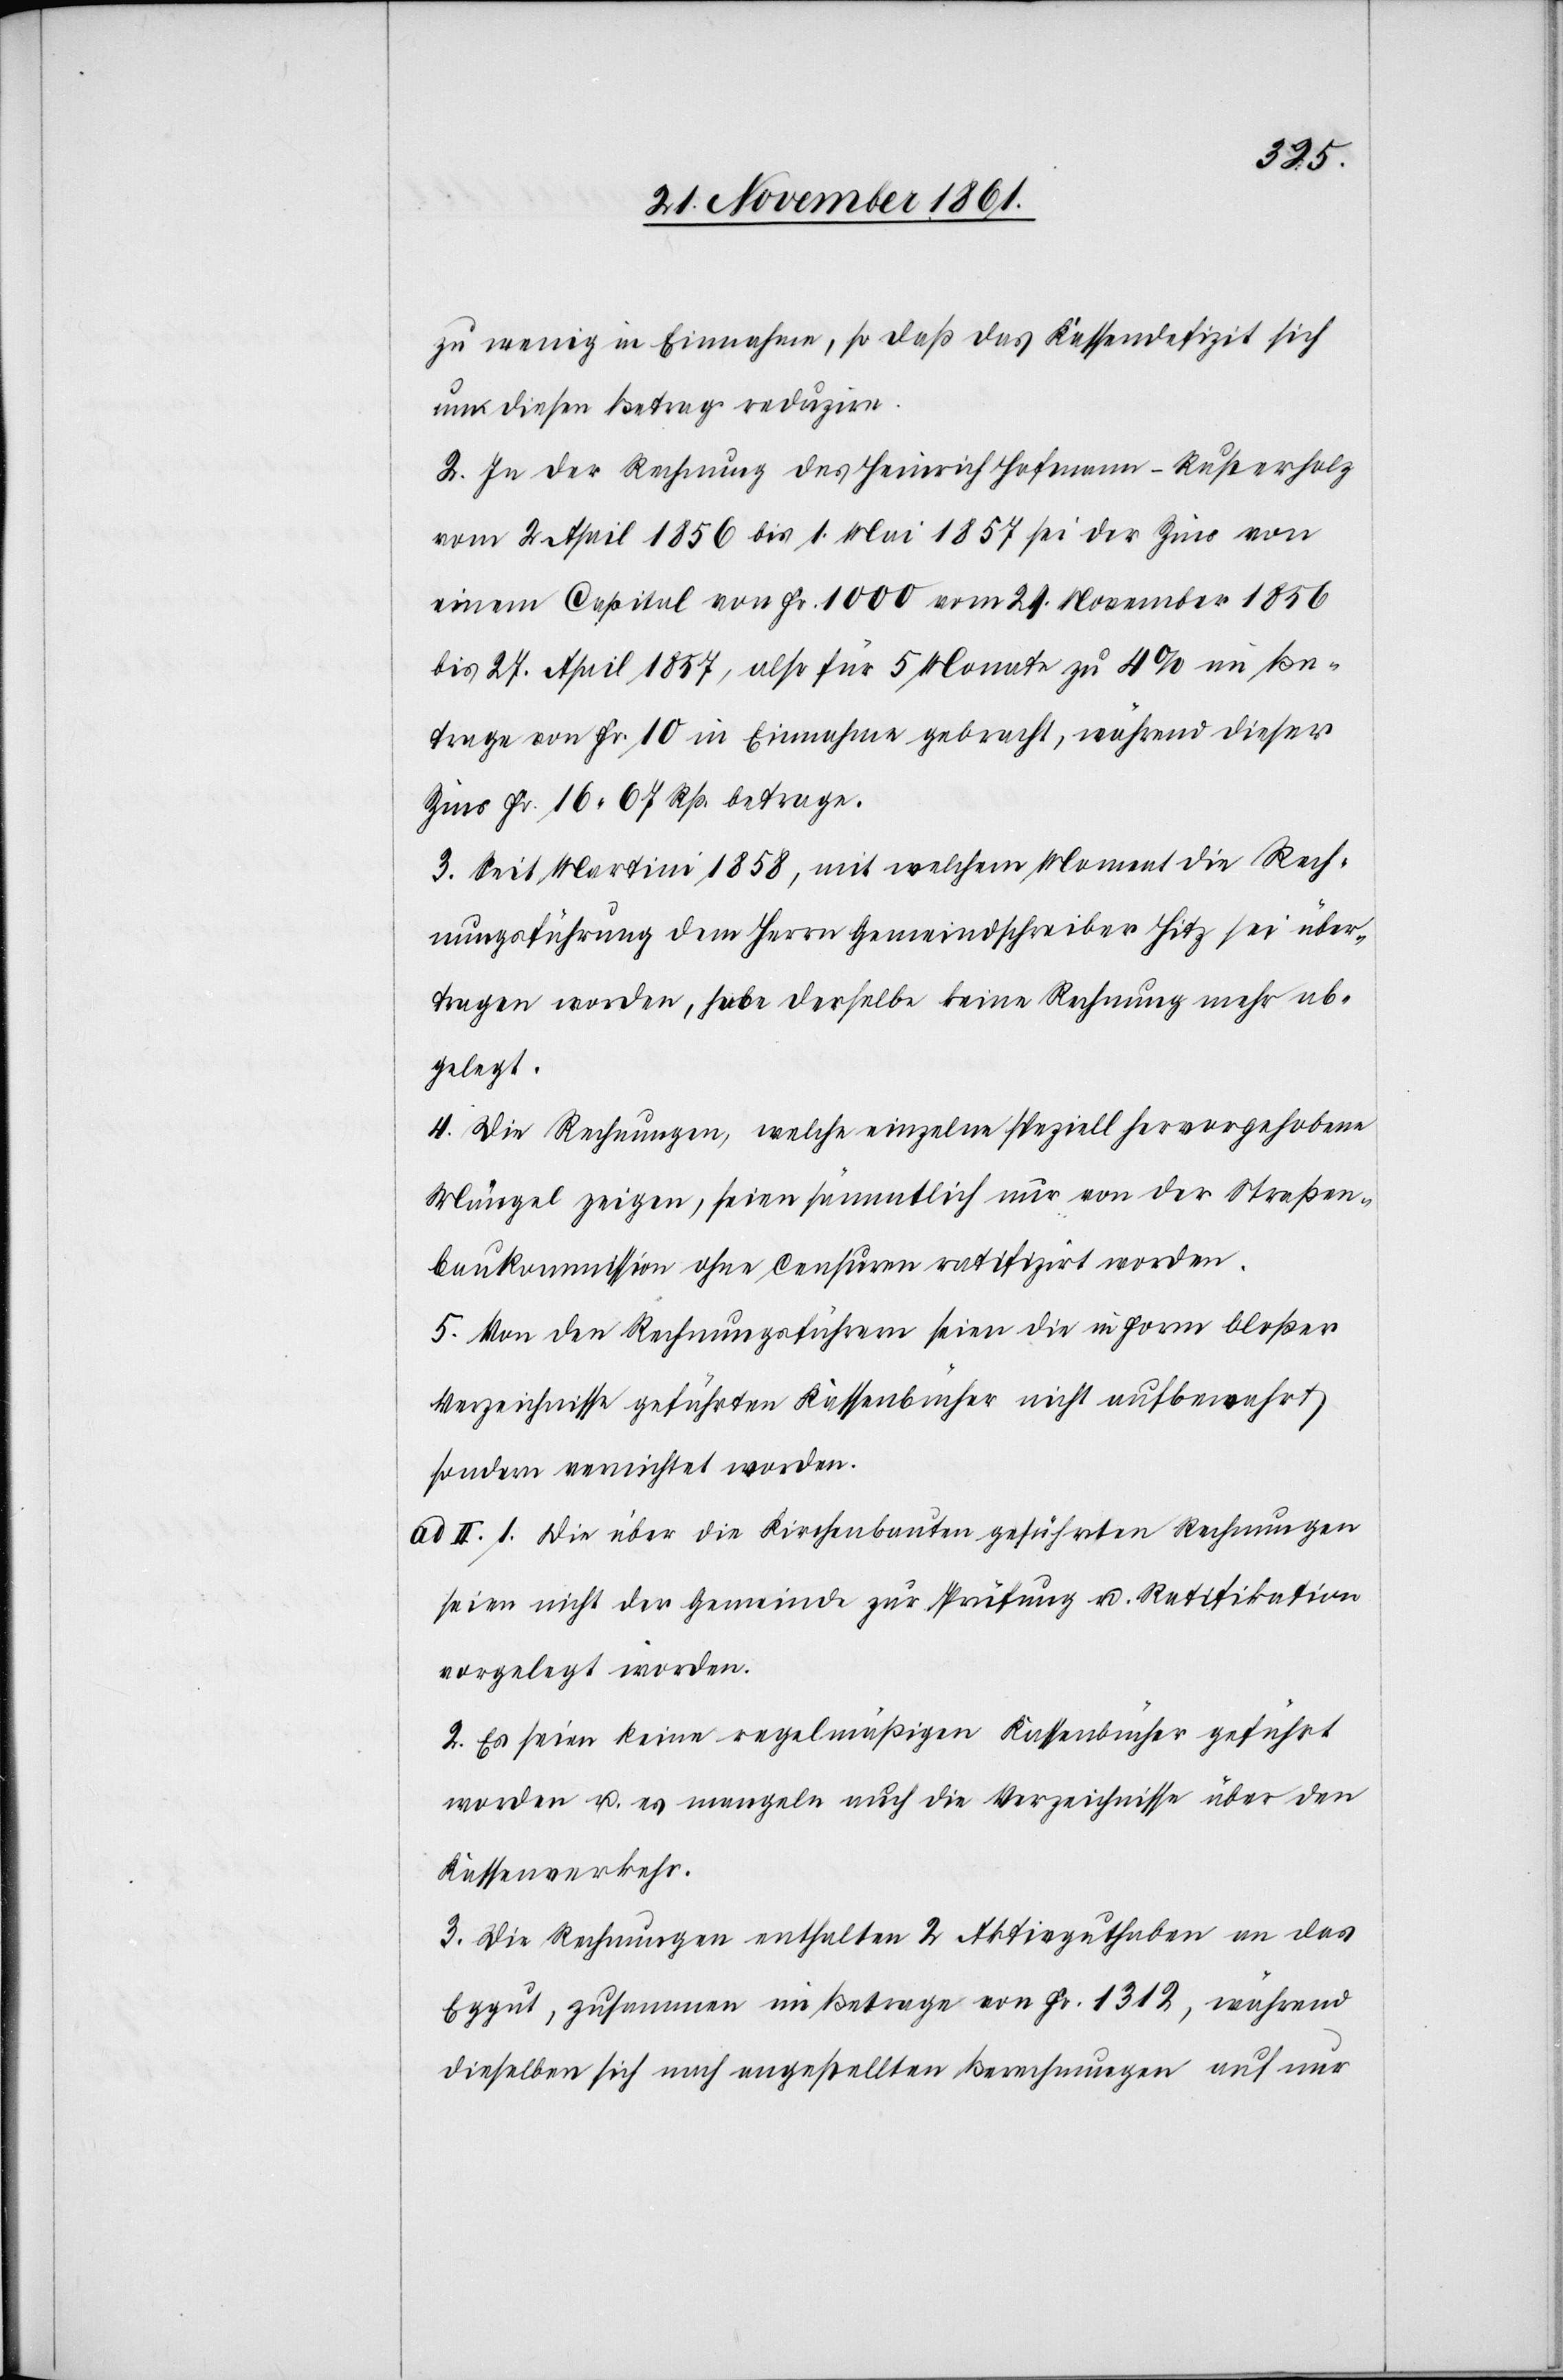
zu wenig in Einnahme, so daß das Kassendefizit sich
um diesen Betrage reduzire.
2. In der Rechnung des Heinrich Hofmann-Rusterholz
vom 2 April 1856 bis 1 Mai 1857 sei der Zins von
einem Capital von Fr. 1000 vom 29 November 1856
bis 27 April 1857, also für 5 Monate zu 4% im Be¬
trage von Fr 10 in Einnahme gebracht, während dieser
Zins Fr 16.67 Rp. betrage.
3. Mit Martini 1858, mit welchem Moment die Rech¬
nungsführung dem Herrn Gemeindschreiber Hitz sei über¬
tragen worden, habe derselbe keine Rechnung mehr ab¬
gelegt.
4. Die Rechnungen, welche einzelne speziell hervorgehobene
Mängel zeigen, seien sämmtlich nur von der Straßen¬
baukommission ohne Censuren ratifizirt worden.
5. Von den Rechnungsführern seien die in Form bloßer
Verzeichnisse geführten Kassenbücher nicht aufbewahrt
sondern vernichtet worden.
ad II. 1. Die über die Kirchenbauten geführten Rechnungen
seien nicht der Gemeinde zur Prüfung u. Ratifikation
vorgelegt worden.
2. Es seien keine regelmäßigen Kassenbücher geführt
worden u. es mangeln auch die Verzeichnisse über den
Kassenverkehr.
3. Die Rechnungen enthalten 2 Aktivguthaben an das
Eggut, zusammen im Betrage von Fr. 1312, während
dieselben sich nach angestellten Berechnungen auf nur